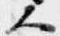
人